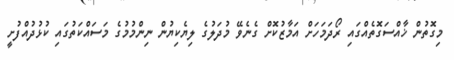
މިގޮތުން ޚާއްސަގޮތެއްގައި ރޯދަމަހަށް އަމާޒުކޮށް ގެނެވޭ މުދަލުގެ ލިޔެކިޔުން ނިންމުމުގެ މަސައްކަތުގައި ކުޅުދުއްފުށީ